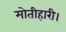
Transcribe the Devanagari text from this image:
मोतीहारी।